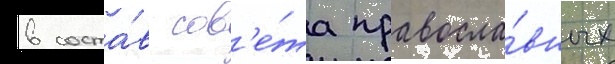
в соста́в сов'е́та правосла́вных